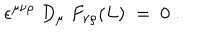
LaTeX: \epsilon ^ { \mu \nu \rho } \; D _ { \mu } \; F _ { \nu \rho } ( L ) \; = \; 0 \; .